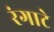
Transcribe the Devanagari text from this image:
रंगाटे